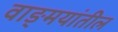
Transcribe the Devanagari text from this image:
वाङ्‍मयांतील